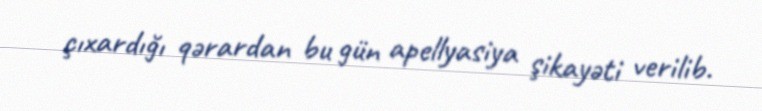
çıxardığı qərardan bu gün apellyasiya şikayəti verilib.